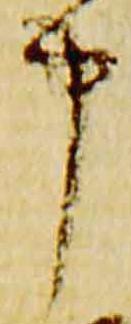
申